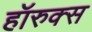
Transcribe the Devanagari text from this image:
हॉरुक्स